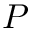
P